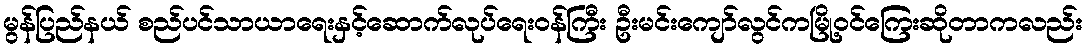
မွန်ပြည်နယ် စည်ပင်သာယာရေးနှင့်ဆောက်လုပ်ရေးဝန်ကြီး ဦးမင်းကျော်လွင်ကမြို့ဝင်ကြေးဆိုတာကလည်း